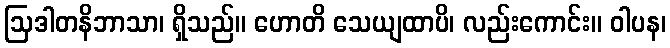
ဩဒါတနိဘာသာ၊ ရှိသည်။ ဟောတိ သေယျထာပိ၊ လည်းကောင်း။ ဝါပန၊